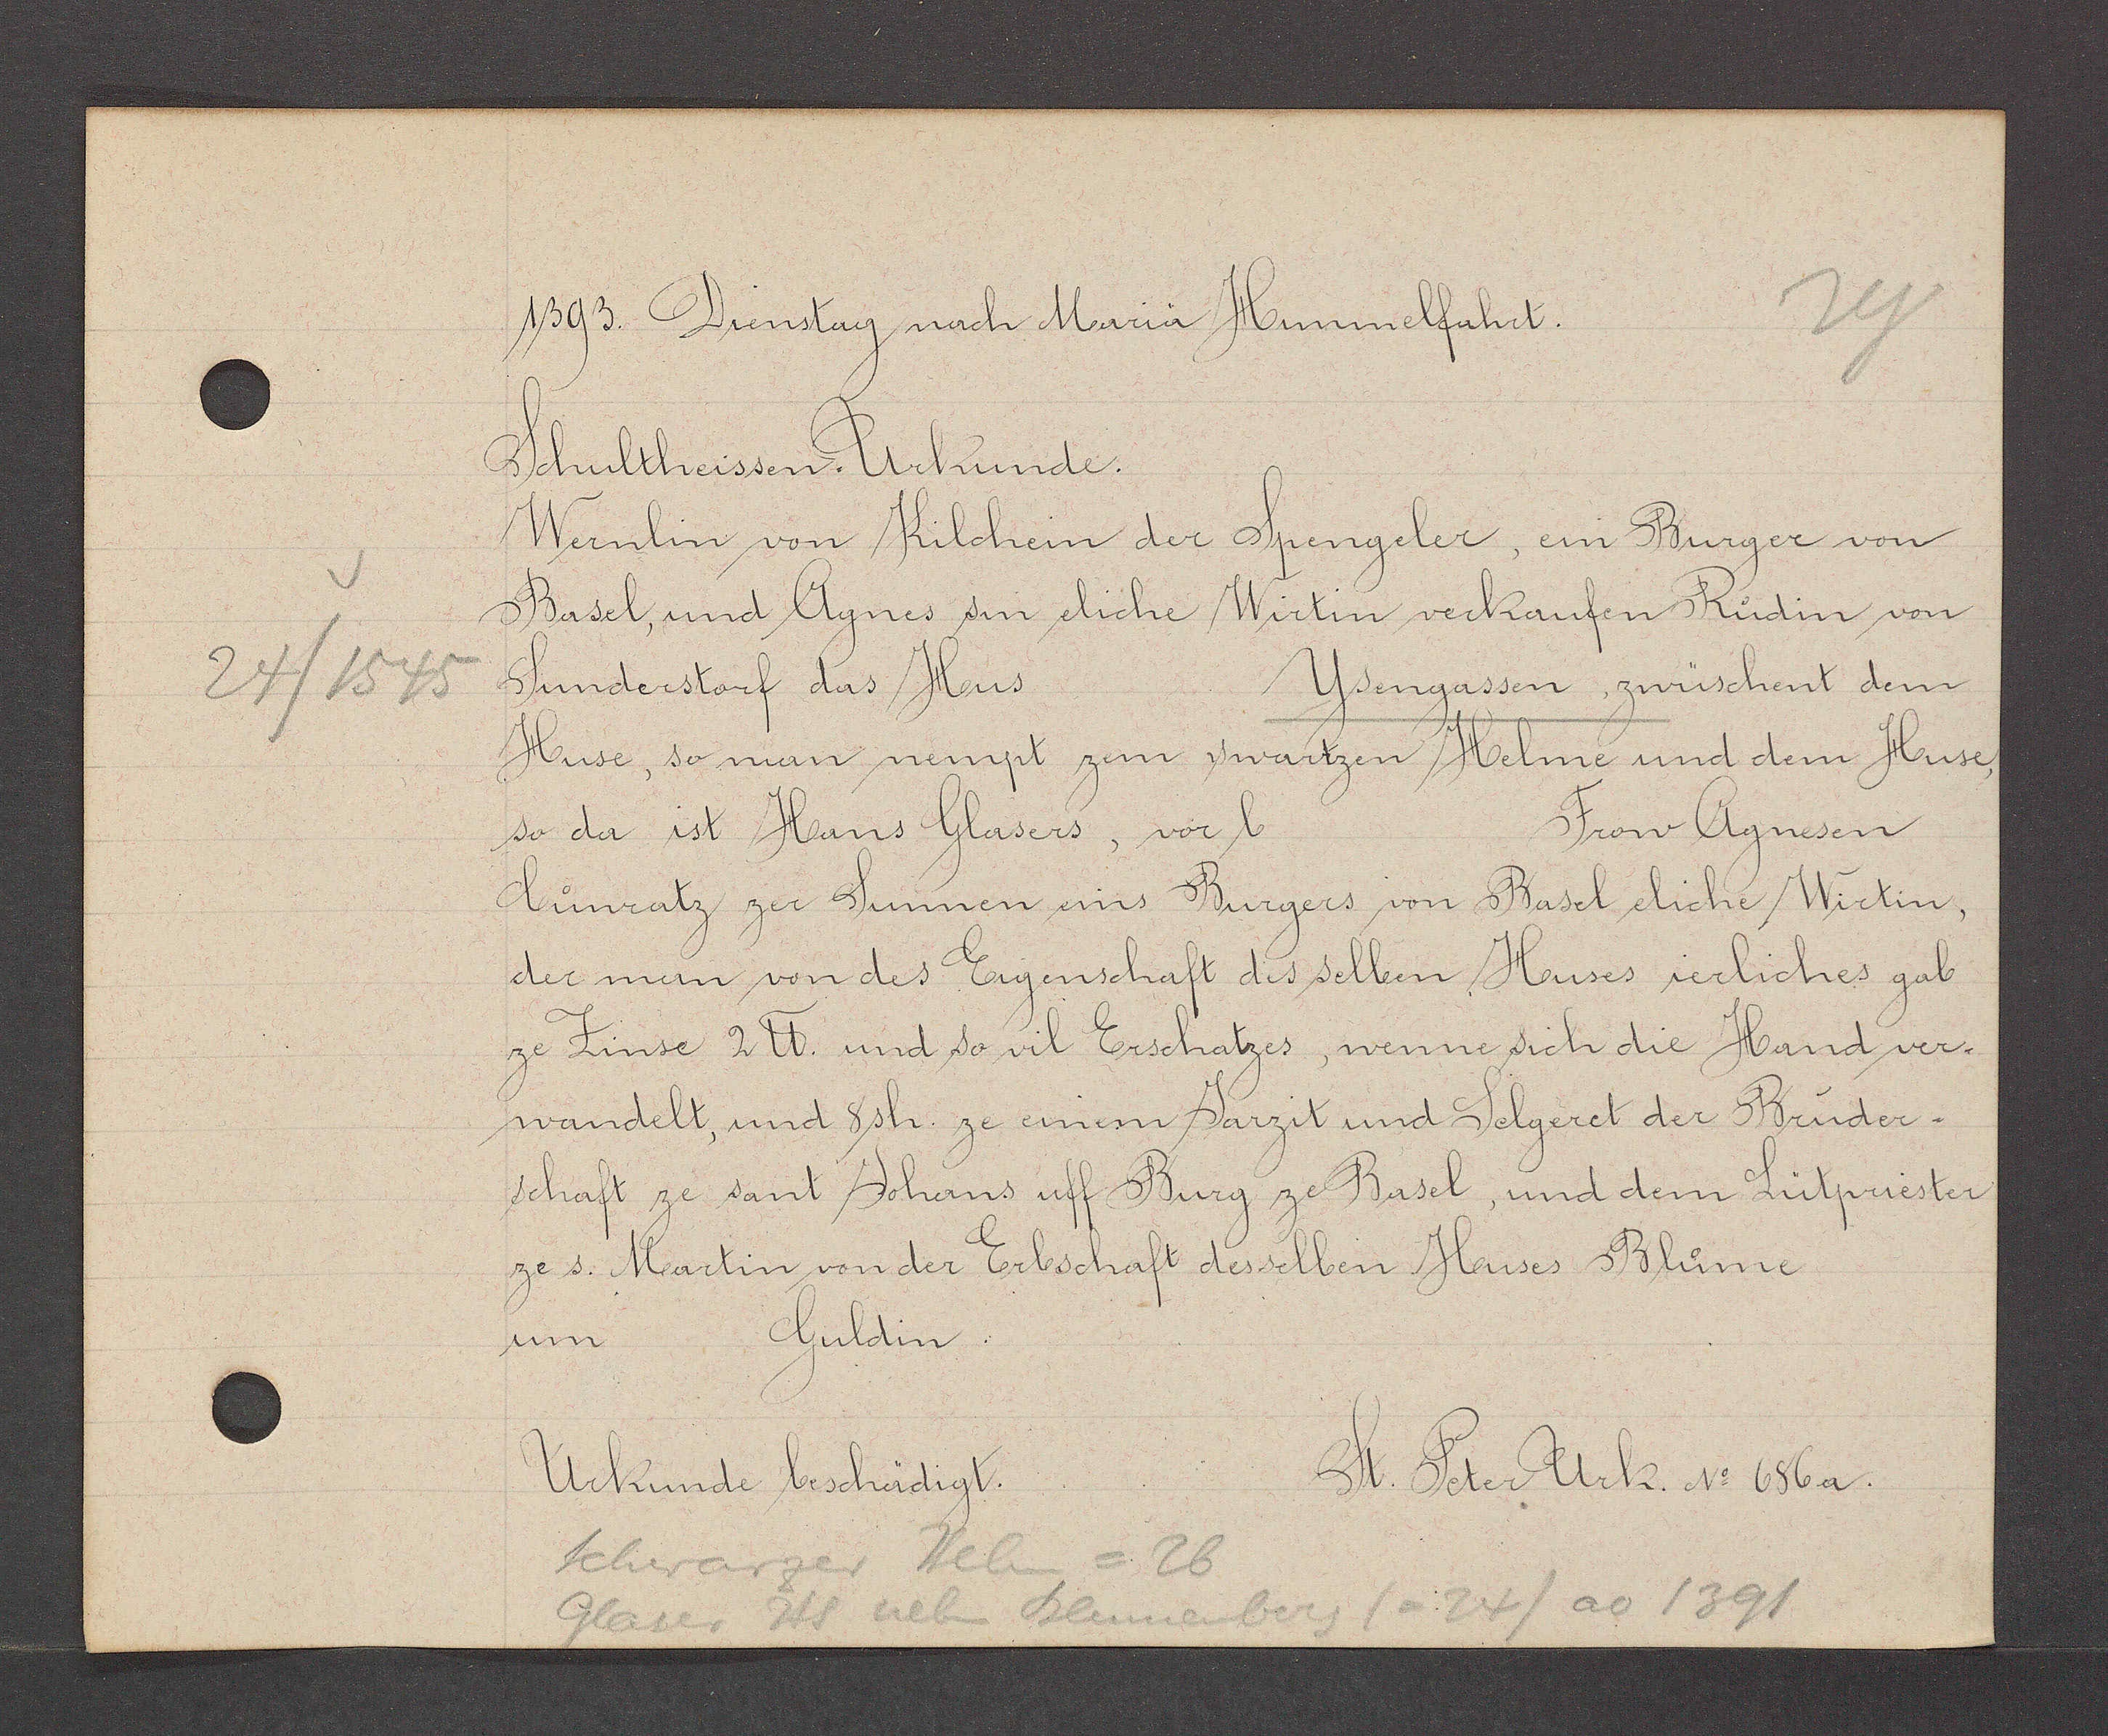
Transcript:
24/1545

1393. Dienstag nach Maria Himmelfahrt.
Shultheissen-Urkunde.
Wernlin von Kilchein der Spengeler, ein Burger von
Basel, und Agnes sin eliche Wirtin verkaufen Ruodin von
Sunderstorf das Hus    Ysengassen, zwüschent dem
Huse, so man nempt zem swartzen Helme und dem Huse,
so da ist Hans Glasers, vor b    Frow Agnesen
Cuonratz zer Sunnen eins Burgers von Basel eliche Wirtin,
der man von des Eigenschaft des selben Huses ierliches gab
ze Zinse 2 ℔. und so vil Erschatzes, wenne sich die Hand ver-
wandelt, und 8 sh. ze einem Jarzit und Selgeret der Bruder-
Schaft ze sant Johans uff Burg ze Basel, und dem Lütpriester
ze s. Martin von der Erbschaft des selben Huses Bluome
um   Guldin
Urkunde bescheidigt.   St. Peter Urk. No 686a.
Schwarzer Helm = 26
glaser Hs neb Blumenberg (=24) ao 1391